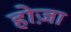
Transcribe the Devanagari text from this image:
होज़ा